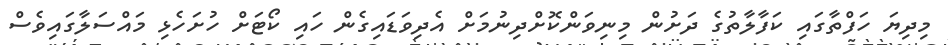
މިދިޔަ ހަފްތާގައި ކަފާލާތުގެ ދަށުން މިނިވަންކޮށްދިނުމަށް އެދިވަޑައިގެން ހައި ކޯޓަށް ހުށަހެޅި މައްސަލާގައިވެސް